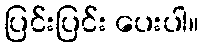
ပြင်းပြင်း ပေးပါ။